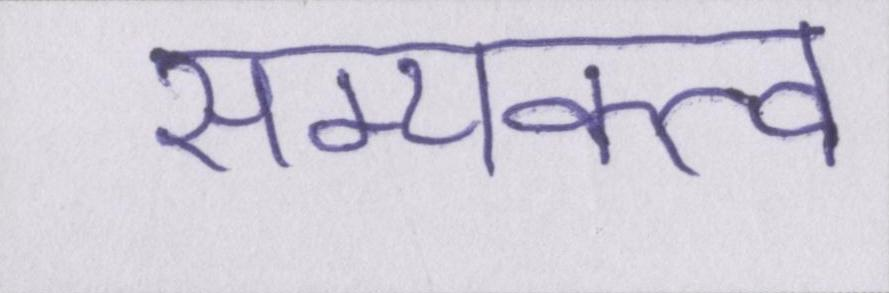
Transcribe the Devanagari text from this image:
सम्यक्त्व